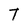
Character: T